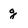
Character: g